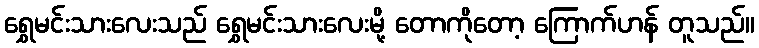
ရွှေမင်းသားလေးသည် ရွှေမင်းသားလေးမို့ တောကိုတော့ ကြောက်ဟန် တူသည်။